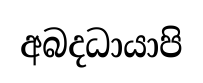
අබදධායාපි